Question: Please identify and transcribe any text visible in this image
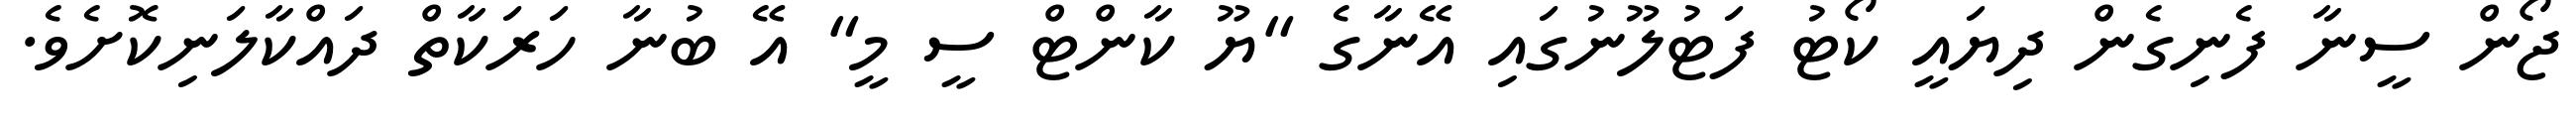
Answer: ޖޯން ސީނާ ފެނިގެން ދިޔައީ ކޯޓު ފަޓުލޫނުގައި އޭނާގެ "ޔޫ ކާންޓް ސީ މީ" އޭ ބުނާ ހަރަކާތް ދައްކާލަނިކޮށެވެ.